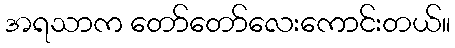
အရသာက တော်တော်လေးကောင်းတယ်။